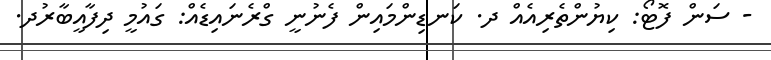
- ސަން ފޮޓޯ: ކިޔުންތެރިއެއް ދ. ކަނޑިންމައިން ފެނުނީ ގްރެނައިޑެއް: ގައުމީ ދިފާއީބާރުދ.